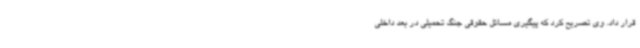
قرار داد. وی تصریح کرد که پیگیری مسائل حقوقی جنگ تحمیلی در بعد داخلی